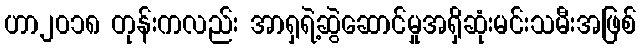
ဟာ၂၀၁၈ တုန်းကလည်း အာရှရဲ့ဆွဲဆောင်မှုအရှိဆုံးမင်းသမီးအဖြစ်